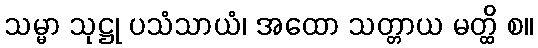
သမ္မာ သုဋ္ဌု ပသံသာယံ၊ အထော သတ္တာယ မတ္ထိ စ။